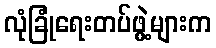
လုံခြုံရေးတပ်ဖွဲ့များက